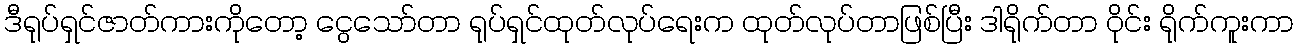
ဒီရုပ်ရှင်ဇာတ်ကားကိုတော့ ငွေသော်တာ ရုပ်ရှင်ထုတ်လုပ်ရေးက ထုတ်လုပ်တာဖြစ်ပြီး ဒါရိုက်တာ ဝိုင်း ရိုက်ကူးကာ